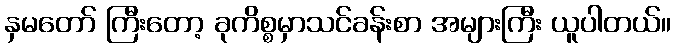
နှမတော် ကြီးတော့ ခုကိစ္စမှာသင်ခန်းစာ အများကြီး ယူပါတယ်။